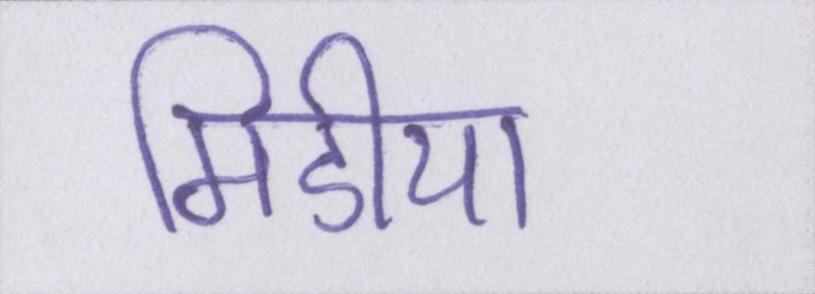
मिडीया